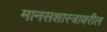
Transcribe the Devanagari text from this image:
मानसशास्‍त्रावरील